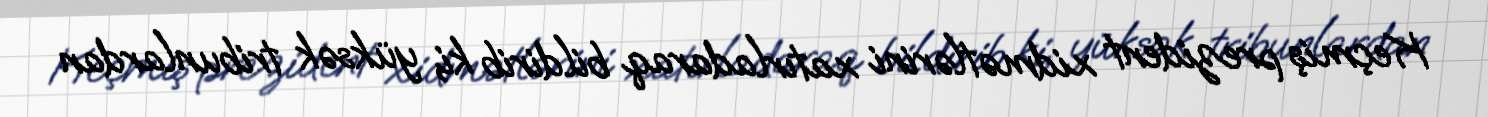
Keçmiş prezident xidmətlərini xatırladaraq bildirib ki, yüksək tribunlardan